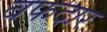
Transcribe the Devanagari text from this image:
बफदार